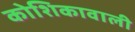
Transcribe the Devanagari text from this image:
कोशिकावाली